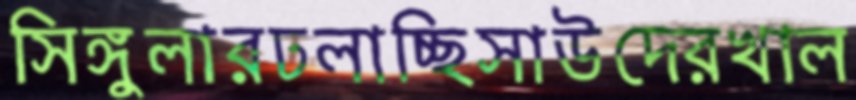
সিঙ্গুলারঢলাচ্ছিসাউদেরখাল